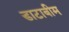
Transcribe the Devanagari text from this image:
डाटाबीम